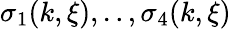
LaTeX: \sigma_{1}(k,\xi),..,\sigma_{4}(k,\xi)